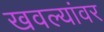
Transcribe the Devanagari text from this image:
खवल्यांवर